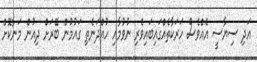
އަދި ސިޔާސީ އެއްވެސް ހަރަކާތެއްގައިބައިވެރި ނުވުމާއި ހުއްދަނެތި ގައުމުން ބޭރަށް ދިއުން މަނާކޮށް